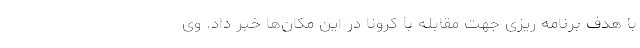
با هدف برنامه ریزی جهت مقابله با کرونا در این مکان‌ها خبر داد. وی